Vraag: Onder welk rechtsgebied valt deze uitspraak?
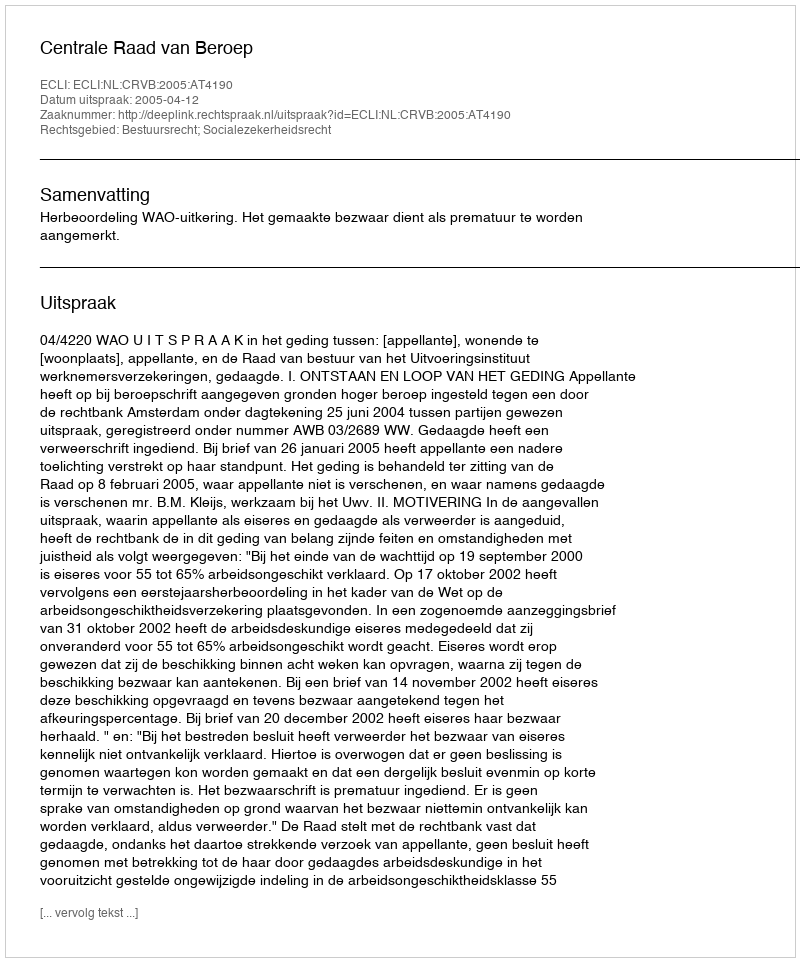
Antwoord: Bestuursrecht; Socialezekerheidsrecht